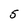
Character: 5